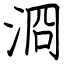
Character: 浻